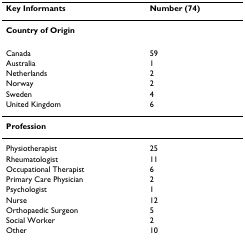
<table><thead><tr><td><b>Key Informants</b></td><td><b>Number (74)</b></td></tr></thead><tbody><tr><td><b>Country of Origin</b></td><td></td></tr><tr><td>Canada</td><td>59</td></tr><tr><td>Australia</td><td>1</td></tr><tr><td>Netherlands</td><td>2</td></tr><tr><td>Norway</td><td>2</td></tr><tr><td>Sweden</td><td>4</td></tr><tr><td>United Kingdom</td><td>6</td></tr><tr><td><b>Profession</b></td><td></td></tr><tr><td>Physiotherapist</td><td>25</td></tr><tr><td>Rheumatologist</td><td>11</td></tr><tr><td>Occupational Therapist</td><td>6</td></tr><tr><td>Primary Care Physician</td><td>2</td></tr><tr><td>Psychologist</td><td>1</td></tr><tr><td>Nurse</td><td>12</td></tr><tr><td>Orthopaedic Surgeon</td><td>5</td></tr><tr><td>Social Worker</td><td>2</td></tr><tr><td>Other</td><td>10</td></tr></tbody></table>